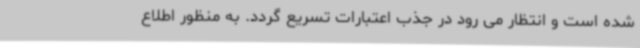
شده است و انتظار می رود در جذب اعتبارات تسریع گردد. به منظور اطلاع